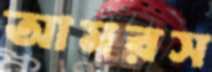
আমরস